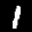
Label: 1